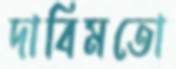
দাবিমতো